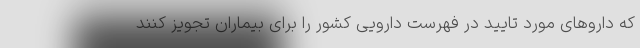
که داروهای مورد تایید در فهرست دارویی کشور را برای بیماران تجویز کنند